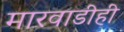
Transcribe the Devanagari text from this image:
मारवाडीही